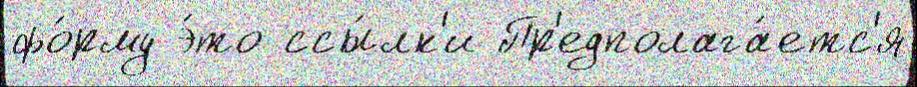
фо́рму э́то ссы́лк'и Пр'едполага́етс'я